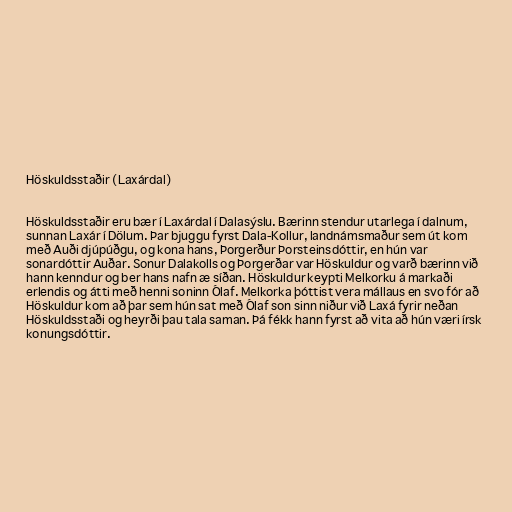
Höskuldsstaðir (Laxárdal)

Höskuldsstaðir eru bær í Laxárdal í Dalasýslu. Bærinn stendur utarlega í dalnum,
sunnan Laxár í Dölum. Þar bjuggu fyrst Dala-Kollur, landnámsmaður sem út kom
með Auði djúpúðgu, og kona hans, Þorgerður Þorsteinsdóttir, en hún var
sonardóttir Auðar. Sonur Dalakolls og Þorgerðar var Höskuldur og varð bærinn við
hann kenndur og ber hans nafn æ síðan. Höskuldur keypti Melkorku á markaði
erlendis og átti með henni soninn Ólaf. Melkorka þóttist vera mállaus en svo fór að
Höskuldur kom að þar sem hún sat með Ólaf son sinn niður við Laxá fyrir neðan
Höskuldsstaði og heyrði þau tala saman. Þá fékk hann fyrst að vita að hún væri írsk
konungsdóttir.